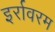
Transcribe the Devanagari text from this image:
इर्रावरम